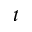
t